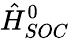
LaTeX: \hat{H}_{SOC}^{0}